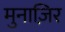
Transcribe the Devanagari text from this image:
मुनाज़िर